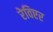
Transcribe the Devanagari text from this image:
रेविएर